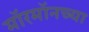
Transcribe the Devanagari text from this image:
मॉरमॉनच्या